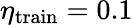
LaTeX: \eta_{\mathrm{train}}=0.1